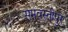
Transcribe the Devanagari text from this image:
समवस्तीपुर